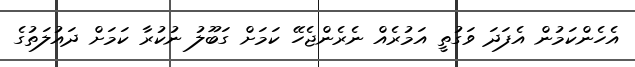
އެހެންކަމުން އެފަދަ ވަގުތީ އަމުރެއް ނެރެންޖެހޭ ކަމަށް ގަބޫލު ނުކުރާ ކަމަށް ދައުލަތުގެ